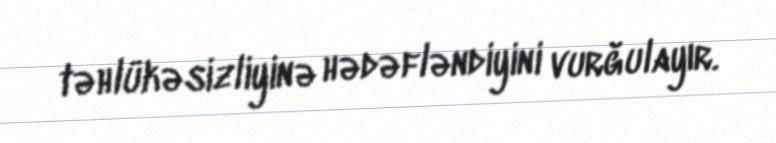
təhlükəsizliyinə hədəfləndiyini vurğulayır.